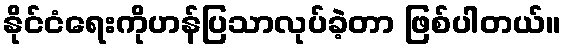
နိုင်ငံရေးကိုဟန်ပြသာလုပ်ခဲ့တာ ဖြစ်ပါတယ်။